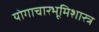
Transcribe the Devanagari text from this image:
योगाचारभूमिशास्त्र